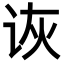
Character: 诙